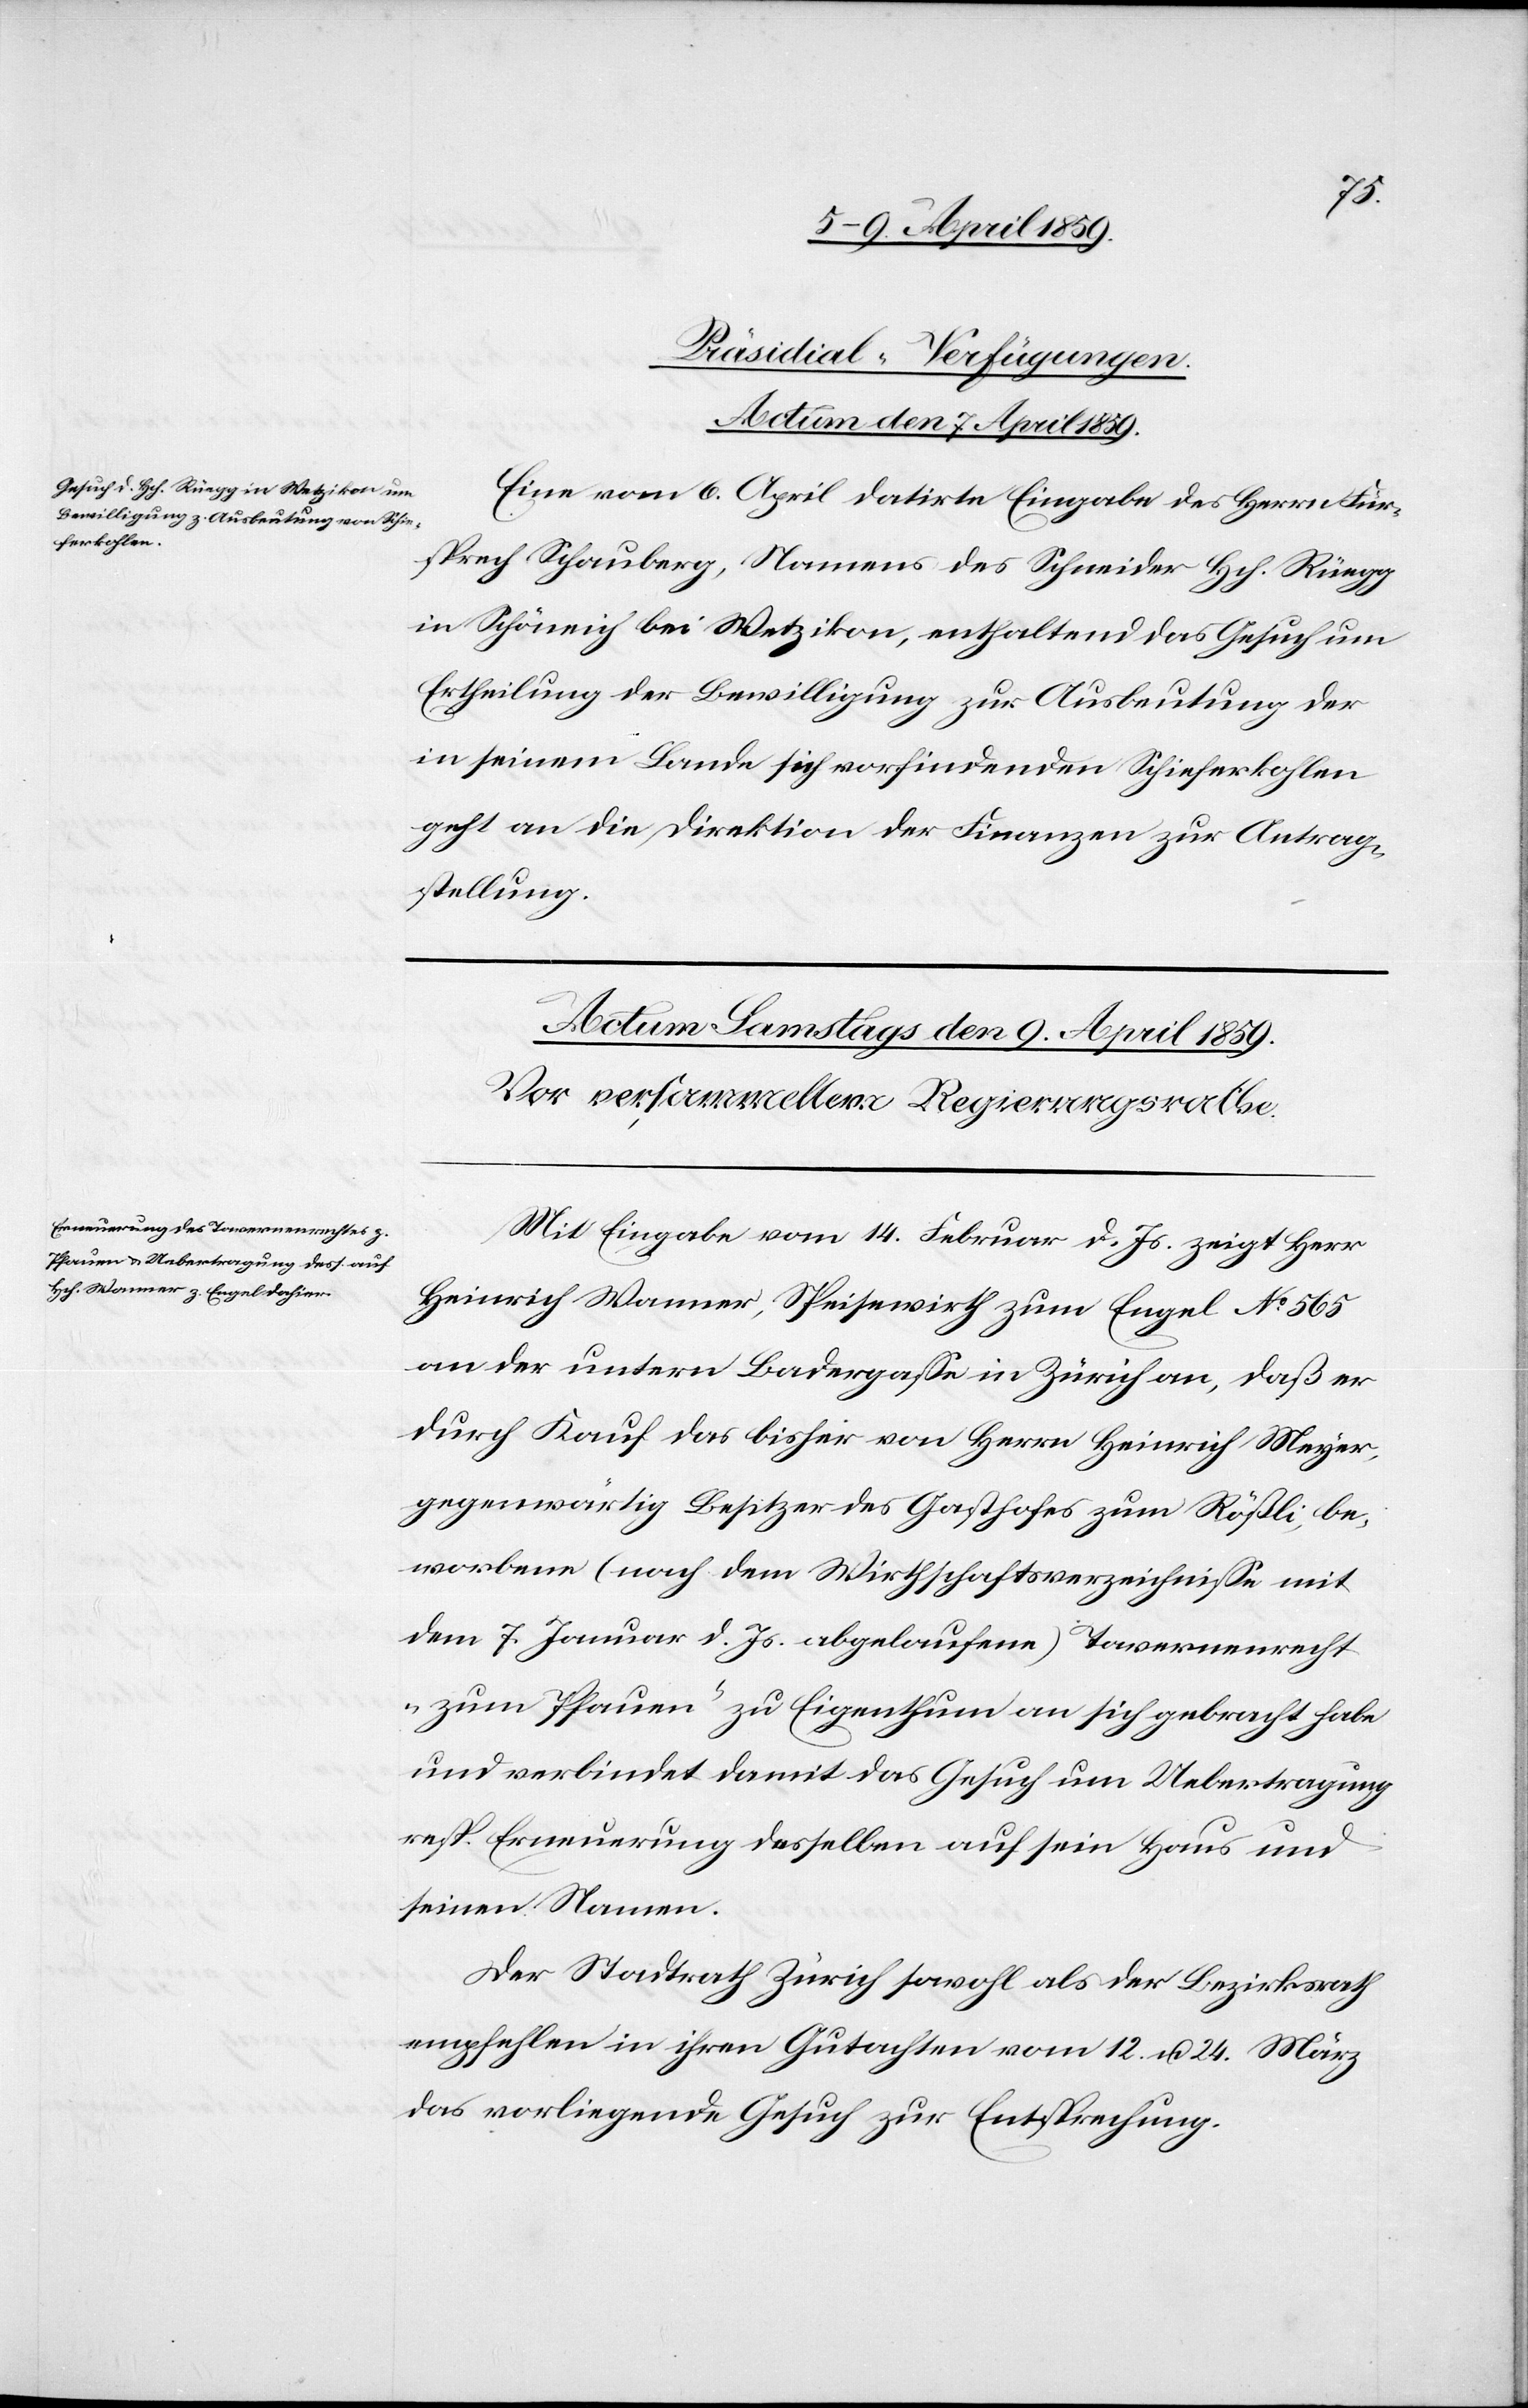
Präsidial-Verfügungen.
Actum den 7 April 1859.
Eine vom 6. April datirte Eingabe des Herrn Für¬
sprech Schauberg, Namens des Schneider Hch. Rüegg
in Schöneich bei Wetzikon, enthaltend das Gesuch um
Ertheilung der Bewilligung zur Ausbeutung der
in seinem Lande sich vorfindenden Schieferkohlen
geht an die Direktion der Finanzen zur Antrag¬
stellung.
Mit Eingabe vom 14. Februar d. Js. zeigt Herr
Heinrich Wanner, Speisewirth zum Engel No 565
an der untern Badergaße in Zürich an, daß er
durch Kauf das bisher von Herrn Heinrich Meyer,
gegenwärtig Besitzer des Gasthofes zum Rößli, be¬
worbene (nach dem Wirthschaftsverzeichniße mit
dem 7. Januar d. Js. abgelaufene) Tavernenrecht
„zum Pfauen“ zu Eigenthum an sich gebracht habe
und verbindet damit das Gesuch um Uebertragung
resp. Erneuerung desselben auf sein Haus und
seinen Namen.
Der Stadtrath Zürich sowohl als der Bezirksrath
empfehlen in ihren Gutachten vom 12. u. 24. März
das vorliegende Gesuch zur Entsprechung.